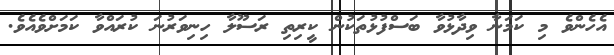
އެހެންވެ މި ކަމަނާ ވިދާޅުވާ ބަސްފުޅުތަކުން ކީރިތި ރަސޫލާ ހިނިވަރުނަ ކުރައްވާ ކަމަށްވެއެވެ.